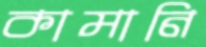
কামানি